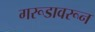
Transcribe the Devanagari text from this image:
गरूडावरून